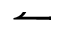
\leftharpoonup